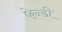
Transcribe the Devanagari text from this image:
फेन्डी